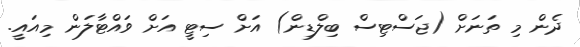
ދެން މި ތަނަށް (ޖަސްޓިސް ބިލްޑިން) އަށް ސިޓީ އަށް ވައްޓާލަން މިއައީ.